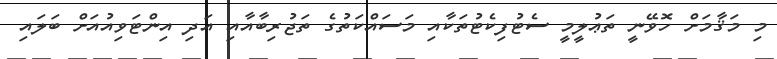
މި މަޤާމަށް ހޮވޭނީ ތަޢުލީމީ ސެޓުފިކެޓުތަކާއި މަސައްކަތުގެ ތަޖުރިބާއާއި އަދި އިންޓަވިއުއަށް ބަލައިި